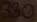
Text: 330